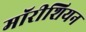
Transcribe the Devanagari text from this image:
मॉरीशियन